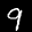
Label: 9